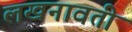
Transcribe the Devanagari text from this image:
लखनावती